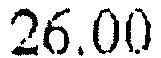
26.00